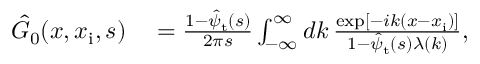
\begin{array} { r l } { \hat { G } _ { 0 } ( x , x _ { \mathrm { i } } , s ) } & { { } = \frac { 1 - \hat { \psi } _ { \mathrm { t } } ( s ) } { 2 \pi s } \int _ { - \infty } ^ { \infty } d k \, \frac { \exp [ - i k ( x - x _ { \mathrm { i } } ) ] } { 1 - \hat { \psi } _ { \mathrm { t } } ( s ) \lambda ( k ) } , } \end{array}